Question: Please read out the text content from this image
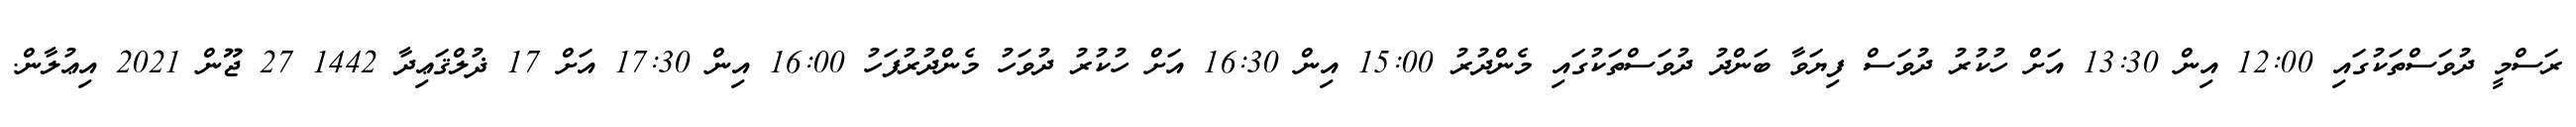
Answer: ރަސްމީ ދުވަސްތަކުގައި 12:00 އިން 13:30 އަށް ހުކުރު ދުވަސް ފިޔަވާ ބަންދު ދުވަސްތަކުގައި މެންދުރު 15:00 އިން 16:30 އަށް ހުކުރު ދުވަހު މެންދުރުފަހު 16:00 އިން 17:30 އަށް 17 ޛުލްޤަޢިދާ 1442 27 ޖޫން 2021 އިޢުލާން.